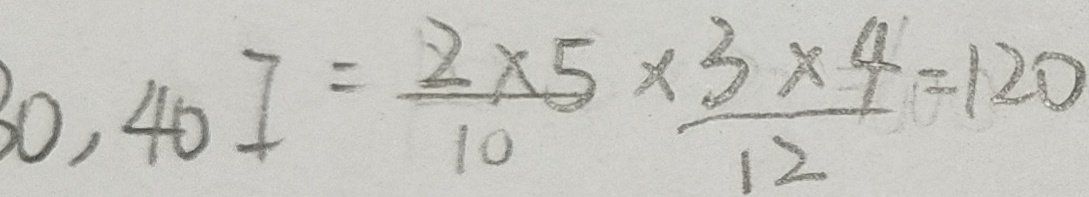
3 0 , 4 0 I = \frac { 2 \times 5 } { 1 0 } \times \frac { 3 \times 4 } { 1 2 } = 1 2 0